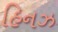
હિનઝ